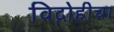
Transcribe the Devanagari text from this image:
विद्रोहीचा